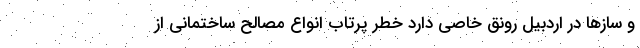
و سازها در اردبیل رونق خاصی دارد خطر پرتاب انواع مصالح ساختمانی از